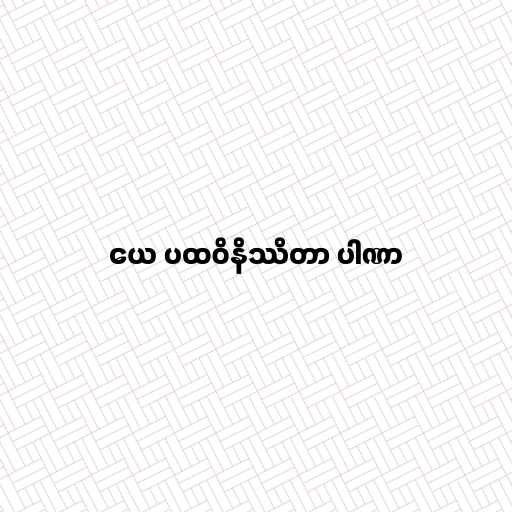
ယေ ပထဝိနိဿိတာ ပါဏာ